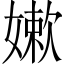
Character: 嫰